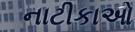
નાટીકાઓ